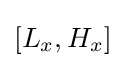
[L_{x},H_{x}]